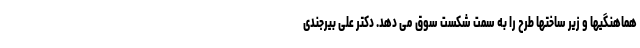
هماهنگیها و زیر ساختها طرح را به سمت شکست سوق می دهد. دکتر علی بیرجندی